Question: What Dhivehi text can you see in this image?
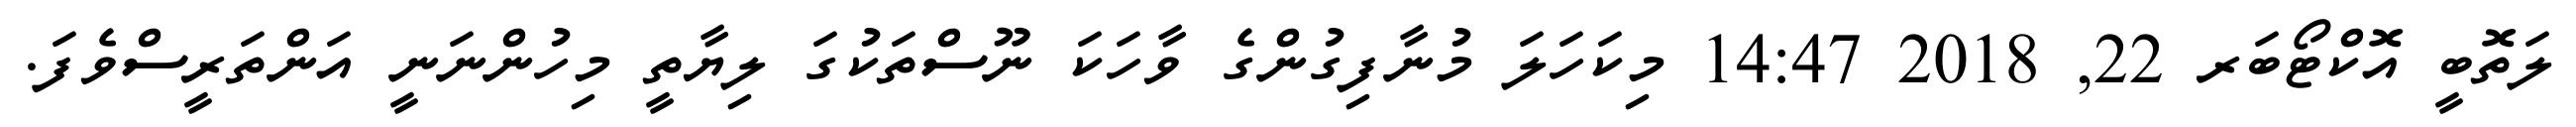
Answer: ލަތޮބީ އޮކްޓޯބަރ 22, 2018 14:47 މިކަހަލަ މުނާފިގުންގެ ވާހަކަ ނޫސްތަކުގަ ލިޔާތީ މިހުންނަނީ އަންތަރީސްވެފަ.